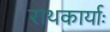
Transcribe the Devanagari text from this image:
राथकार्याः